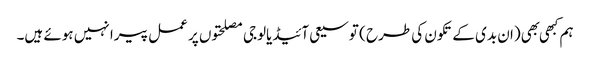
ہم کبهی بهی (ان بدی کے تکون کی طرح ) توسیعی آئیڈیالوجی مصلحتوں پر عمل پیرا نہیں ہوئے ہیں۔